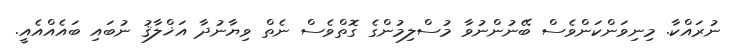
ނުރައްކާ. މިނިވަންކަންވެސް ބޭނުންނުވާ މުސްލިމުންގެ ގޮތްވެސް ނެތް ވިޔާނުދާ އަޚްލާޤު ނުބައި ބައެއްއެއީ.